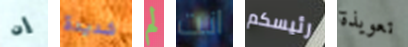
إن شديدة لم انت رئيسكم تعويذة